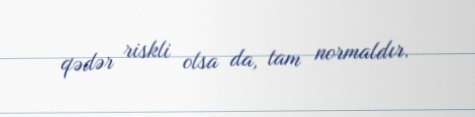
qədər riskli olsa da, tam normaldır.